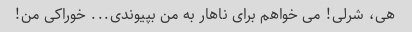
هی، شرلی! می خواهم برای ناهار به من بپیوندی... خوراکی من!